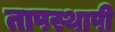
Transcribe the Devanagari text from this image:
तापस्थापी